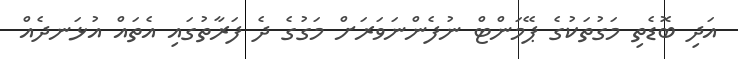
އަދި ބޮޑެތި މަގުތަކުގެ ޕޭމަންޓް ނުފެންނަވަރަށް މަގުގެ ދެ ފަރާތުގައި އެތައް އުޅަނދެއް